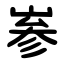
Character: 㟥